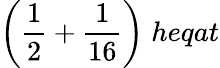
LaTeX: {\bigg(}{\frac{1}{2}}+{\frac{1}{16}}{\bigg)}\; heqat